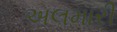
અલમારી